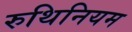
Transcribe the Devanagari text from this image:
रुथिनियम